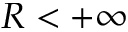
R < + \infty